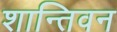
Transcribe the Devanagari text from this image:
शान्तिवन